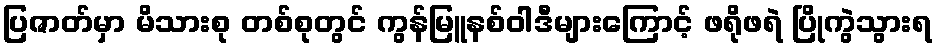
ပြဇာတ်မှာ မိသားစု တစ်စုတွင် ကွန်မြူနစ်ဝါဒီများကြောင့် ဖရိုဖရဲ ပြိုကွဲသွားရ